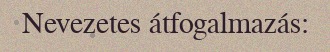
Nevezetes átfogalmazás: